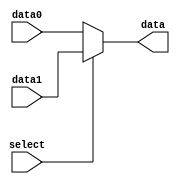
`timescale 1ns / 1ps
//////////////////////////////////////////////////////////////////////////////////
// Company: 
// Engineer: 
// 
// Design Name: 
// Module Name:    MUX 
// Project Name: 
// Target Devices: 
// Tool versions: 
// Description: 
//
// Dependencies: 
//
// Revision: 
// Revision 0.01 - File Created
// Additional Comments: 
//
//////////////////////////////////////////////////////////////////////////////////
module MUX( input [ 31 : 0 ] data0, input [ 31 : 0 ] data1 , input select , output [ 31 : 0 ] data );
	assign data = !select ? data0 : data1 ;
endmodule